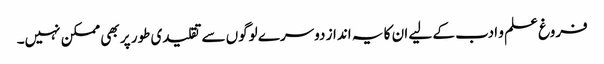
فروغ علم و ادب کے لیے ان کا یہ انداز دوسرے لوگوں سے تقلیدی طور پر بھی ممکن نہیں۔